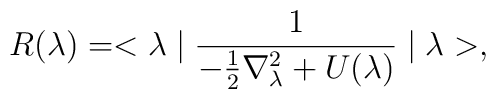
R(\lambda ) = <\lambda \mid \frac{1}{- \frac{1}{2} \nabla _{\lambda }^{2} +U(\lambda )}\mid \lambda >,